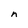
Character: n